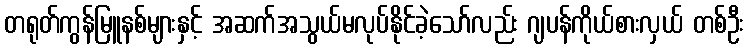
တရုတ်ကွန်မြူနစ်များနှင့် အဆက်အသွယ်မလုပ်နိုင်ခဲ့သော်လည်း ဂျပန်ကိုယ်စားလှယ် တစ်ဦး